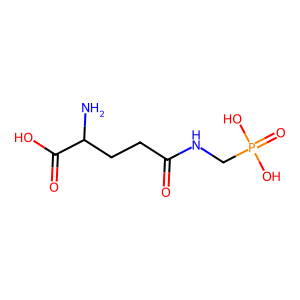
SMILES: NC(CCC(=O)NCP(=O)(O)O)C(=O)O
Inhibits HIV replication: No